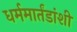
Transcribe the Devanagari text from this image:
धर्ममार्तंडांशी